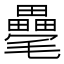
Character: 𣰸